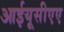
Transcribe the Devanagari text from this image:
आईयूसीएए